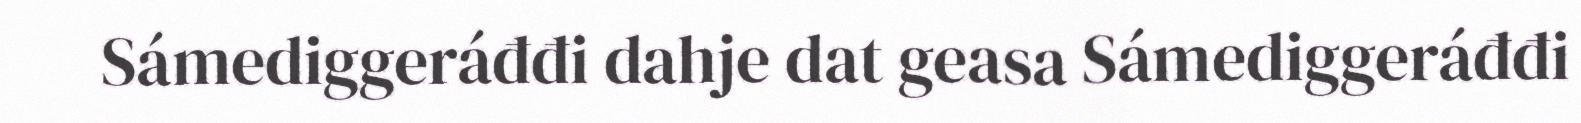
Sámediggeráđđi dahje dat geasa Sámediggeráđđi